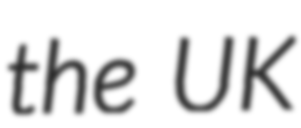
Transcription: the UK